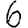
Digit: 6